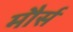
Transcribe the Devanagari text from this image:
मौर्स